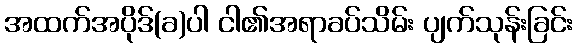
အထက်အပိုဒ်(ခ)ပါ ငါ၏အရာခပ်သိမ်း ပျက်သုန်းခြင်း